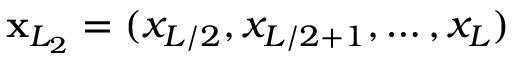
\mathbf { x } _ { L _ { 2 } } = ( x _ { L / 2 } , x _ { L / 2 + 1 } , \dots , x _ { L } )